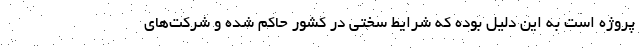
پروژه است به این دلیل بوده که شرایط سختی در کشور حاکم شده و شرکت‌های